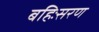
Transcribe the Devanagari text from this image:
बहिःसरण